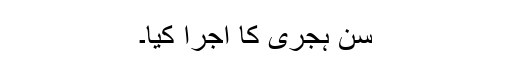
سن ہجری کا اجرا کیا۔